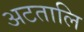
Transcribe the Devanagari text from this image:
अटतालि